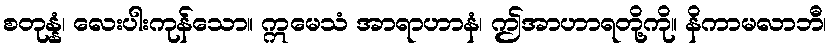
စတုန္နံ၊ လေးပါးကုန်သော။ ဣမေသံ အာရာဟာနံ၊ ဤအာဟာရတို့ကို။ နိကာမလာဘီ၊